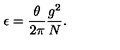
\epsilon = \frac { \theta } { 2 \pi } \frac { g ^ { 2 } } { N } .